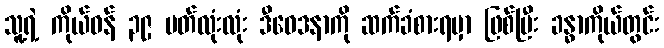
သူ့ရဲ့ ကိုယ်ဝန် ၃၉ ပတ်လုံးလုံး ဒီဝေဒနာကို ဆက်ခံစားရမှာ ဖြစ်ပြီး ခန္ဓာကိုယ်တွင်း